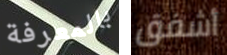
بالمعرفة أشفق